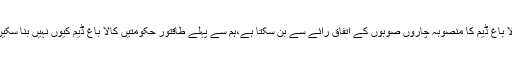
کالا باغ ڈیم کا منصوبہ چاروں صوبوں کے اتفاق رائے سے بن سکتا ہے،ہم سے پہلے طاقتور حکومتیں کالا باغ ڈیم کیوں نہیں بنا سکیں ؟